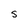
Character: 5